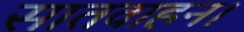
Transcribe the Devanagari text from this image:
सातवाहन।